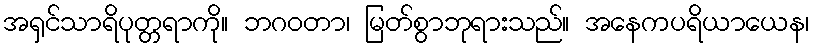
အရှင်သာရိပုတ္တရာကို။ ဘဂဝတာ၊ မြတ်စွာဘုရားသည်။ အနေကပရိယာယေန၊